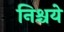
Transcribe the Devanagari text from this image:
निश्चये